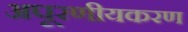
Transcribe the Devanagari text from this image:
अपूरणीयकरण